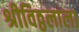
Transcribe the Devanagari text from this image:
श्रीविठ्ठलाला